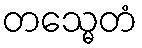
တသ္မေတံ